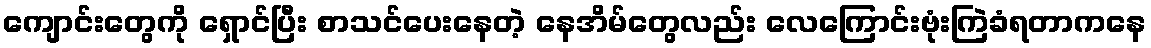
ကျောင်းတွေကို ရှောင်ပြီး စာသင်ပေးနေတဲ့ နေအိမ်တွေလည်း လေကြောင်းဗုံးကြဲခံရတာကနေ